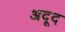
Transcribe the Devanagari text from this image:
अदूद